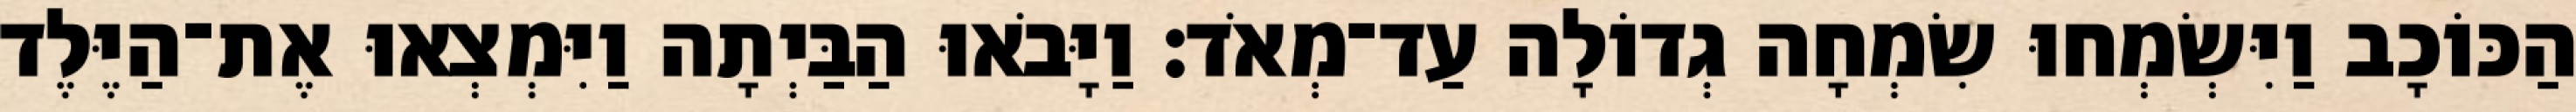
הַכּוֹכָב וַיִּשְׂמְחוּ שִׂמְחָה גְדוֹלָה עַד־מְאֹד׃ וַיָּבֹאוּ הַבַּיְתָה וַיִּמְצְאוּ אֶת־הַיֶּלֶד